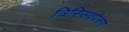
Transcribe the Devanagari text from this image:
त्रिस्सिवपेरुर